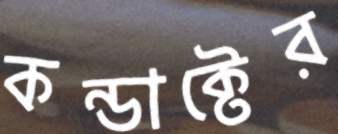
কন্ডাক্টের